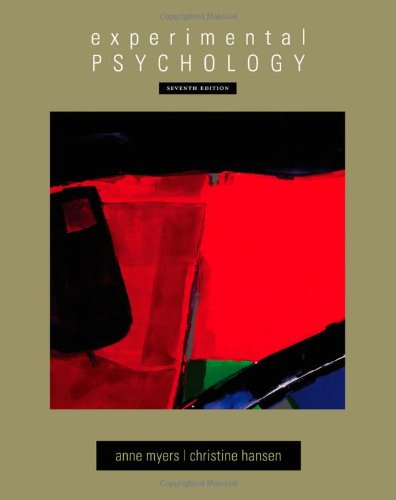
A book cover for Experimental Psychology (PSY 301 Introduction to Experimental Psychology); Anne Myers; Medical Books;